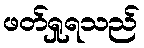
ဖတ်ရှုရသည်